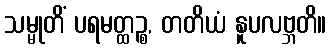
သမ္မုတိံ ပရမတ္ထဉ္စ, တတိယံ နူပလဗ္ဘတိ။